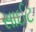
સાઈટ